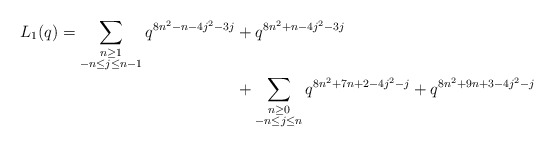
\begin{align*} \begin{aligned}L_{1}(q) = \sum_{\substack{n \geq 1 \\ -n \leq j \leq n-1}} q^{8n^2 - n - 4j^2 - 3j} & + q^{8n^2 + n - 4j^2-3j} \\& + \sum_{\substack{n \geq 0 \\ -n \leq j \leq n}} q^{8n^2 + 7n + 2 - 4j^2 - j} + q^{8n^2 + 9n + 3 - 4j^2 - j}\end{aligned}\end{align*}